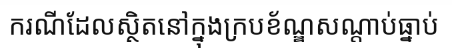
ករណីដែលស្ថិតនៅក្នុងក្របខ័ណ្ឌសណ្តាប់ធ្នាប់